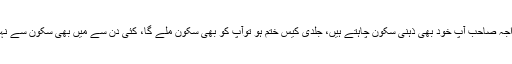
اس پر چیف جسٹس نے کہا کہ باربارکہا جاتا ہے عدلیہ نا انصافی کررہی ہے، خواجہ صاحب آپ خود بھی ذہنی سکون چاہتے ہیں، جلدی کیس ختم ہو توآپ کو بھی سکون ملے گا، کئی دن سے میں بھی سکون سے نہیں سو سکا، جس پرخواجہ حارث نے کہا کہ آپ نے خود پر بہت بوجھ ڈال دیا ہے۔